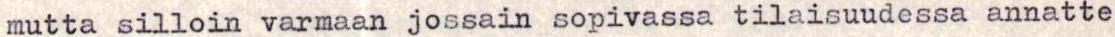
mutta silloin varmaan jossain sopivassa tilaisuudessa annatte